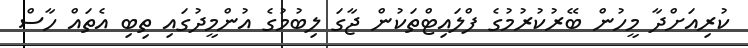
ކުރިއަށްދާ މީހުން ބޭރުކުރުމުގެ ފްލައިޓްތަކުން ޖާގަ ލިބުމުގެ އުންމީދުގައި ތިބި އެތައް ހާސް